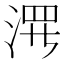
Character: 𱦶